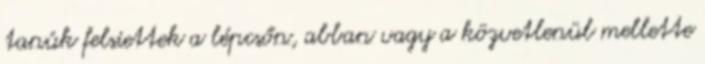
tanúk felsiettek a lépcsőn, abban vagy a közvetlenül mellette